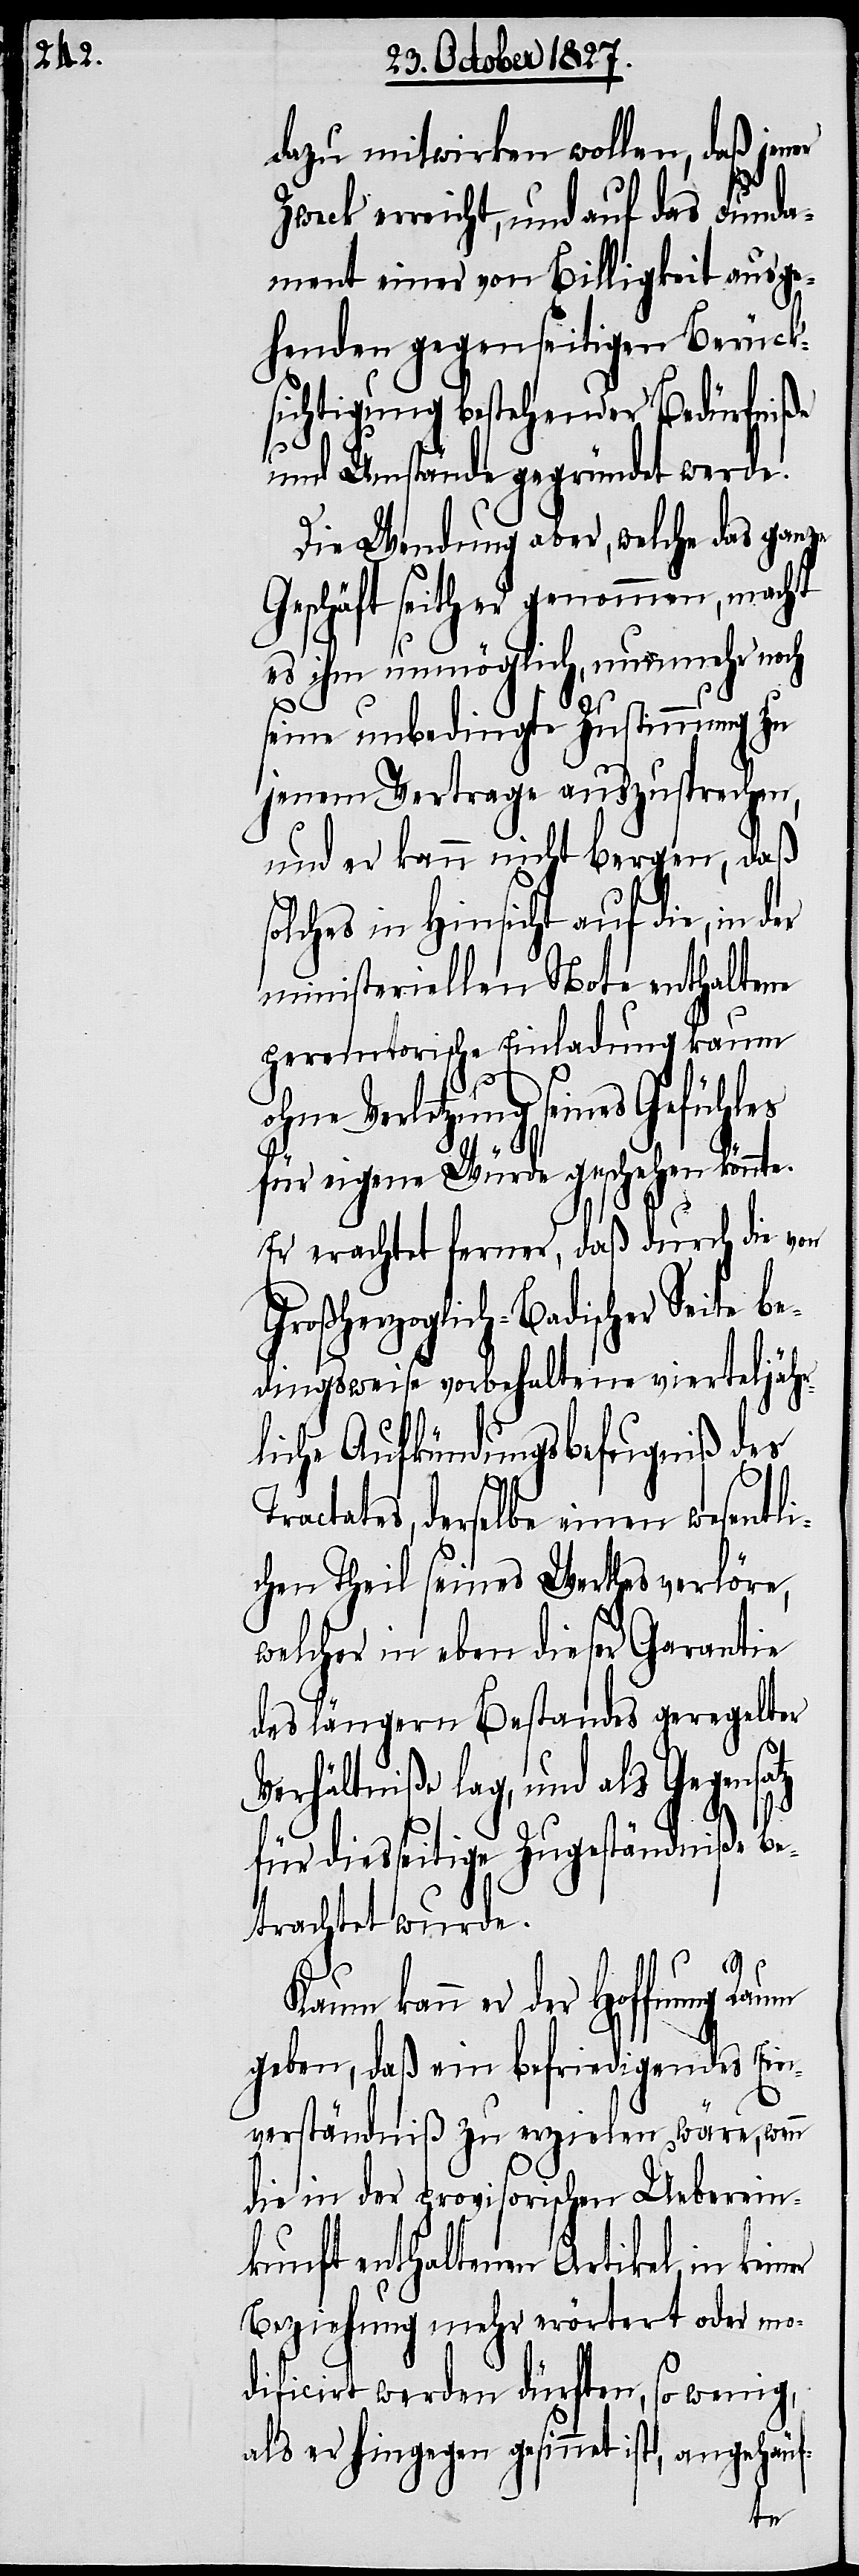
dazu mitwirken wollen, daß jener
Zweck erreicht, und auf das Funda¬
ment einer von Billigkeit ausge¬
henden gegenseitigen Berück¬
sichtigung bestehender Bedürfniße
und Umstände gegründet werde.
Die Wendung aber, welche das ganze
Geschäft seither genommen, macht
es ihm unmöglich, nunmehr noch
seine unbedingte Zustimmung zu
jenem Vertrage auszusprechen,
und er kann nicht bergen, daß
olches in Hinsicht auf die, in der
ministeriellen Note enthaltene
peremtorische Einladung kaum
er
hne Verletzung seines Gefühles
für eigene Würde geschehen könnte.
Er erachtet ferner, daß durch die von
Großherzoglich-Badischer Seite be¬
dingsweise vorbehaltene vierteljähr¬
liche Aufkündungsbefugniß des
tates, derselbe einen wesentli¬
chen Theil seines Werthes verlöre,
welcher in eben dieser Garantie
des längern Bestandes geregelter
Verhältniße lag, und als Gegensatz
für diesseitige Zugeständniße be¬
trachtet wurde.
Kaum kann er der Hoffnung Raum
geben, daß ein befriedigendes Ein¬
verständniß zu erzielen wäre, wenn
die in der provisorischen Ueberein¬
kunft enthaltenen Artikel in kein¬
Beziehung mehr erörtert oder mo¬
dificirt werden dürften, so wenig,
als er hingegen gesinnet
angehäuf-